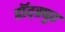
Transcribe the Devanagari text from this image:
हॉट्स्पुर